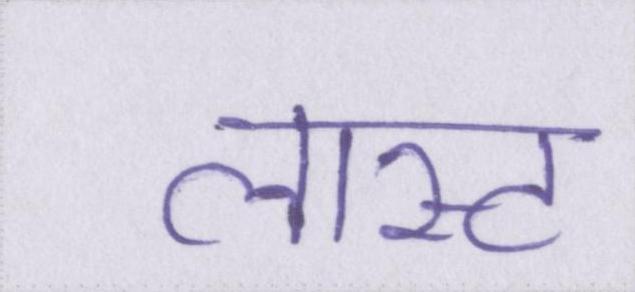
लास्ट